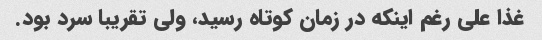
غذا على رغم اینکه در زمان کوتاه رسید، ولى تقریبا سرد بود.